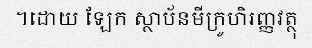
។ដោយ ឡែក ស្ថាប័នមីក្រូហិរញ្ញវត្ថុ